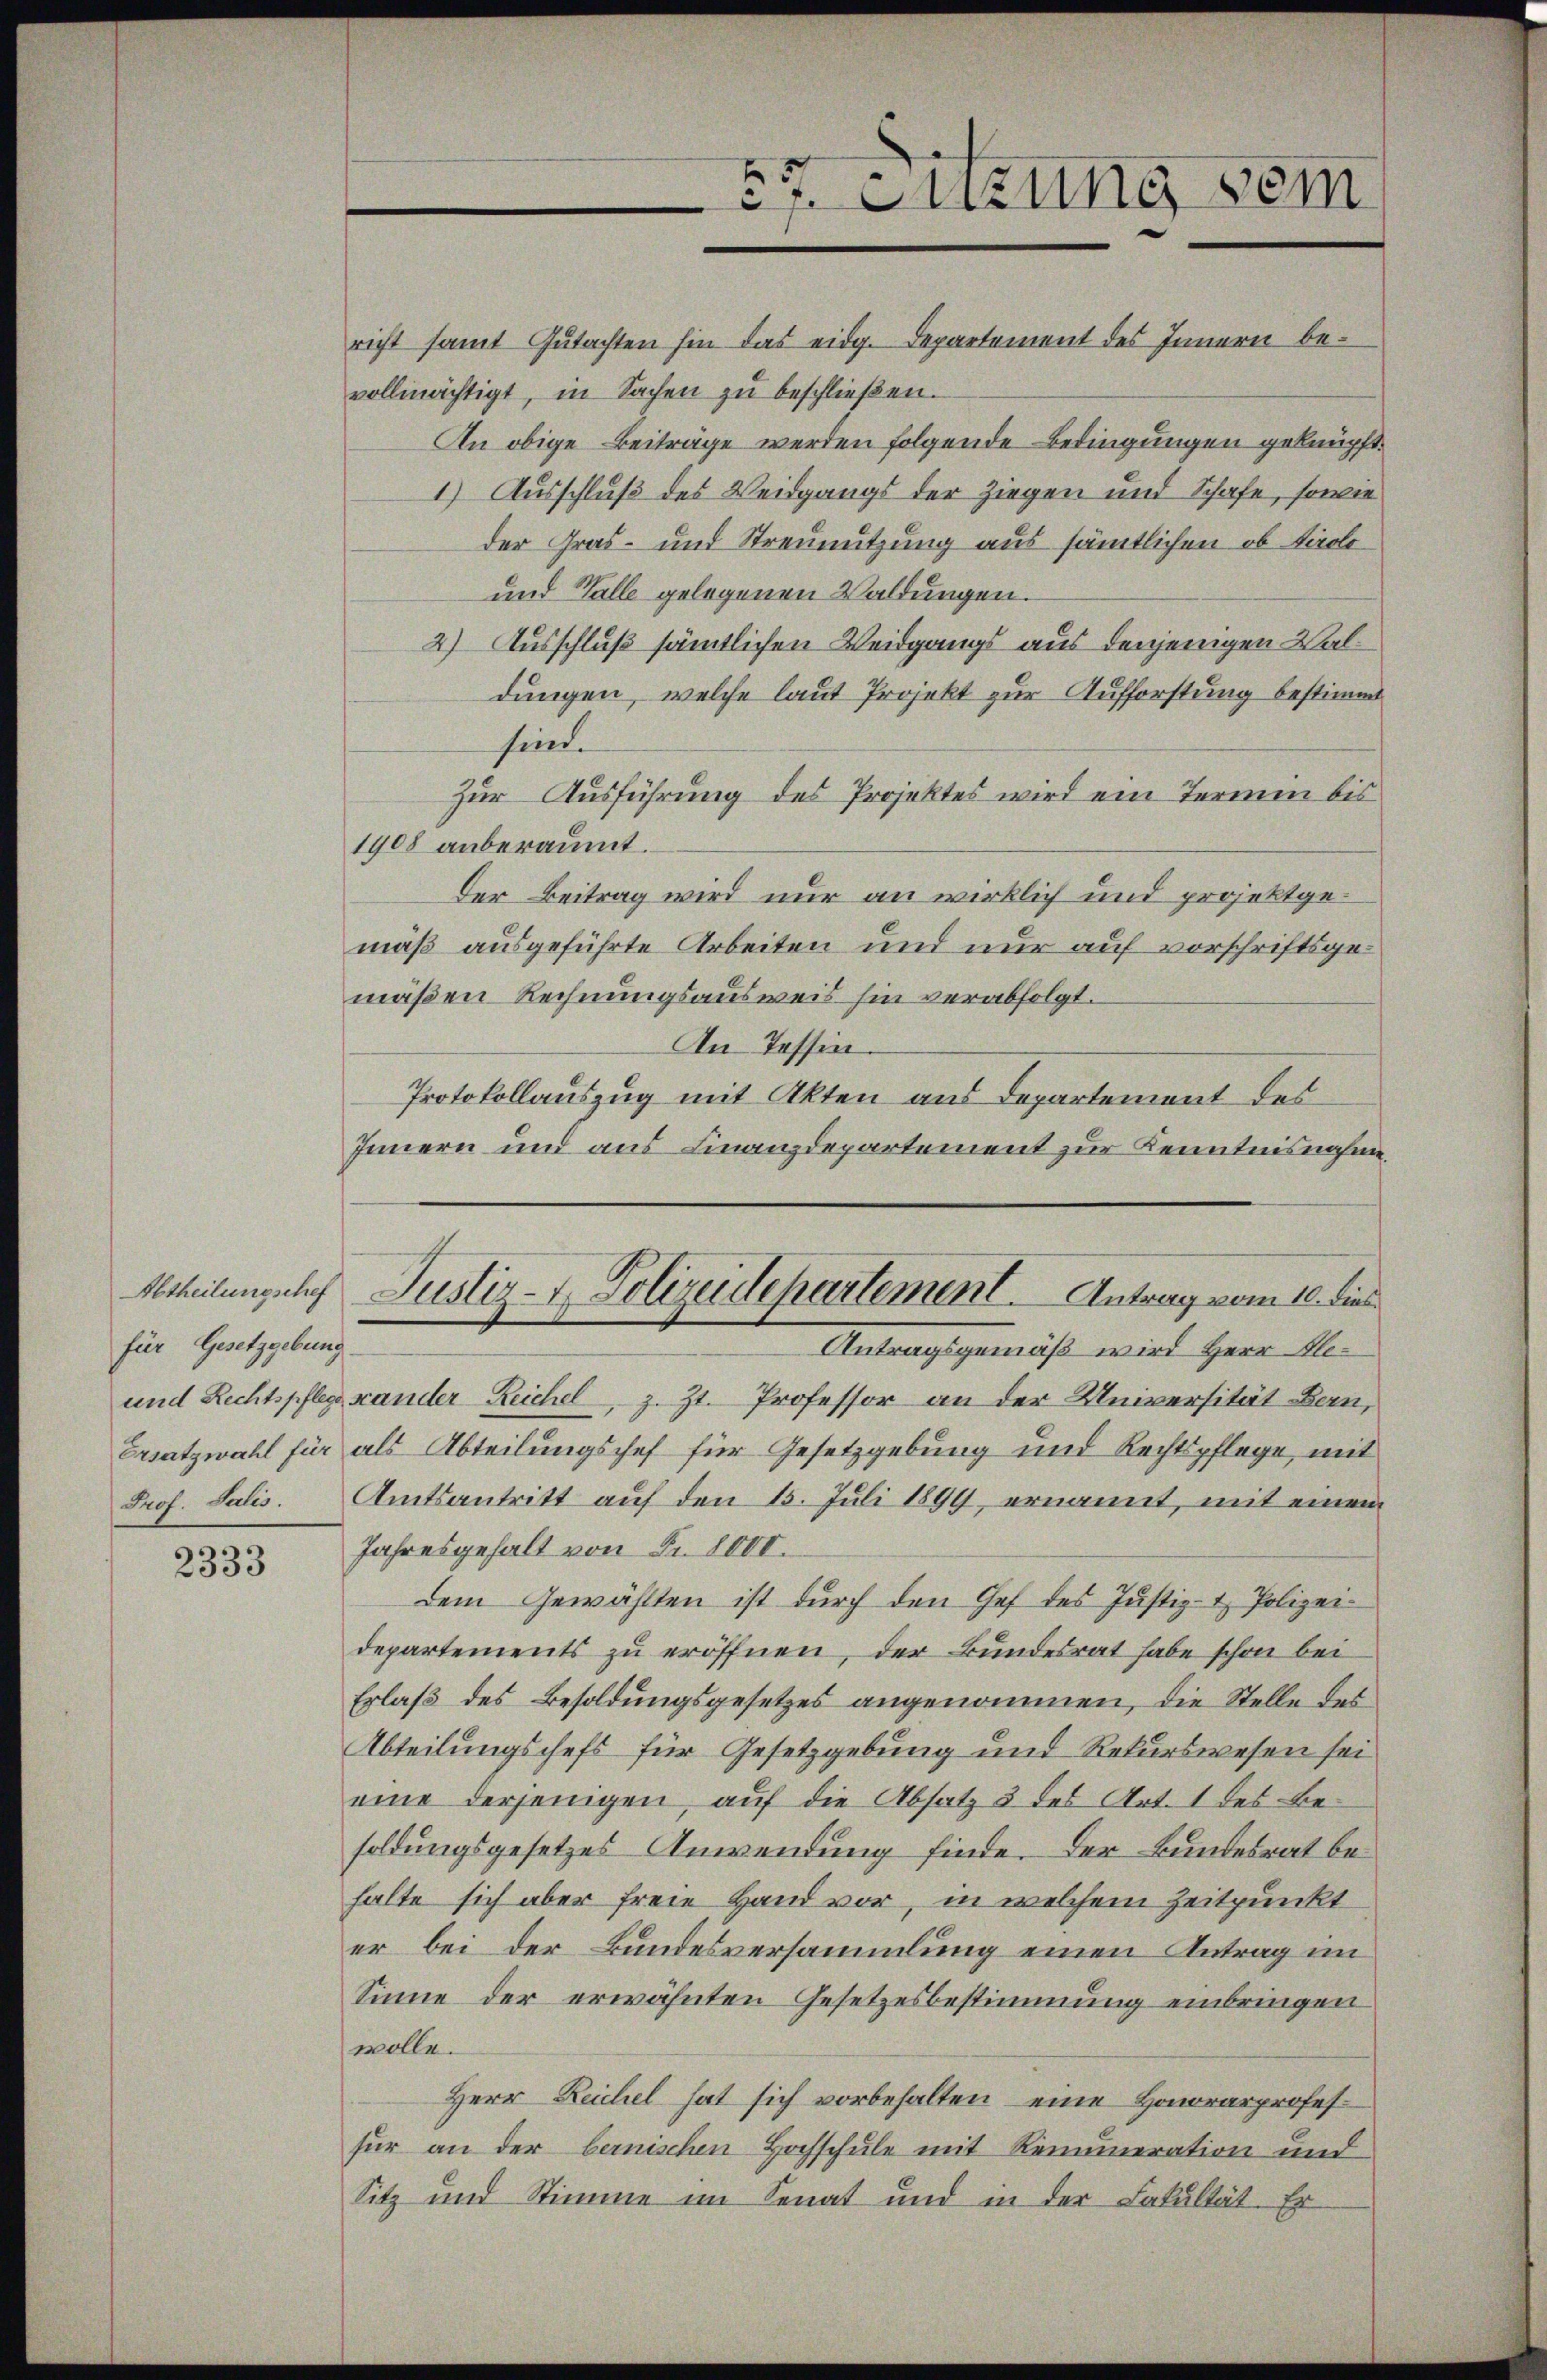
für Gesetzgebung

2333

richt samt Gutachten hin das eidg. Departement des Innern bevollmächtigt, in Sachen zŭ beschlieβen.
An obige Beiträge werden folgende Bedingungen geknüpft.
1) Ausschluß des Weidgangs der Ziegen und Schafe, sowie
der Gras- und Streunutzung aus sämtlichen ob Tirolo
und Walle gelegenen Waldungen.
2) Ausschluß sämtlichen Weidgangs aus denjenigen Waldungen, welche laut Projekt zur Aufforstung bestimmt
sind.
Zur Ausführung des Projektes wird ein Termin bis
1908 anberaumt.
der Beitrag wird nur an wirklich und projektgemäß ausgeführte Arbeiten und nur auf vorschriftsgemäßen Rechnungsausweis hin verabfolgt.
An Tessin.
Protokollauszug mit Akten aus Departement des
Innern und aus Finanzdepartement zur Kenntnisnahme,
Abtheilungsche Justiz- & Polizeidepartement. Antrag vom 10. dies
Antragsgemäß wird Herr Ale¬
und Rechtspflege stander Reichel, z. Zt. Professor an der Universität Bern,
Ersatzwahl für als Abteilungschef für Gesetzgebung und Rechtspflege, mit
Prof. Salis. Amtsantritt auf den 15. Juli 1899, ernannt, mit einem
Jahresgehalt von Fr. 8000.
dem Gewählten ist dŭrch den Chef des Justiz- & Polizei-
departements zu eröffnen, der Bundesrat habe schon bei
Erlaß des Besoldungsgesetzes angenommen, die Stelle des
Abteilungschefs für Gesetzgebung und Rekurswesen sei
eine derjenigen, auf die Absatz 3 des Art. 1 des Besoldungsgesetzes Anwendung finde. Der Bundesrat behalte sich aber freie Hand vor, in welchem Zeitpunkt
er bei der Bundesversammlung einen Antrag im
Sinne der erwähnten Gesetzesbestimmung einbringen
wolle.
Herr Reichel hat sich vorbehalten, eine Honorarprofesfür an der bernischen Hochschule mit Renumeration und
Sitz und Stimme im Senat und in der Fakultät. Er

x
 Sitzung dem